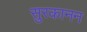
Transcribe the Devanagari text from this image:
सुरकानन